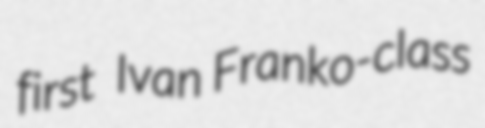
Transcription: first  Ivan Franko-class